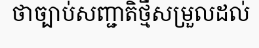
ថាច្បាប់សញ្ជាតិថ្មីសម្រួលដល់